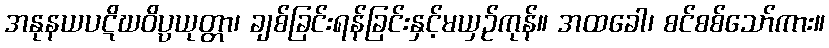
အနုနယပဋိဃဝိပ္ပယုတ္တာ၊ ချစ်ခြင်းရန်ခြင်းနှင့်မယှဉ်ကုန်။ အထခေါ၊ စင်စစ်သော်ကား။